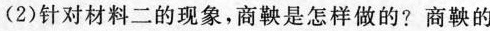
(2)针对材料二的现象，商鞅是怎样做的？商鞅的